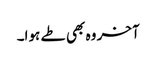
آخر وہ بھی طے ہوا۔